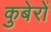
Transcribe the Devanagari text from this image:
कुबेरों